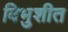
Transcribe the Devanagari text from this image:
विभुशीत